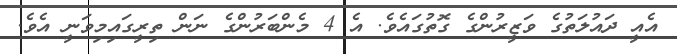
އެއީ ދައުލަތުގެ ވަޒީރުންގެ ގޮތުގައެވެ. އެ 4 މެންބަރުންގެ ނަން ތިރީގައިމިވަނީ އެވެ.